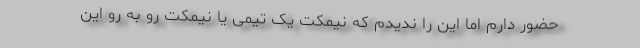
حضور دارم اما این را ندیدم که نیمکت یک تیمی یا نیمکت رو به رو این